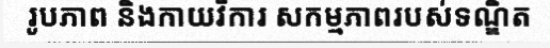
រូបភាព និងកាយវិការ សកម្មភាពរបស់ទណ្ឌិត